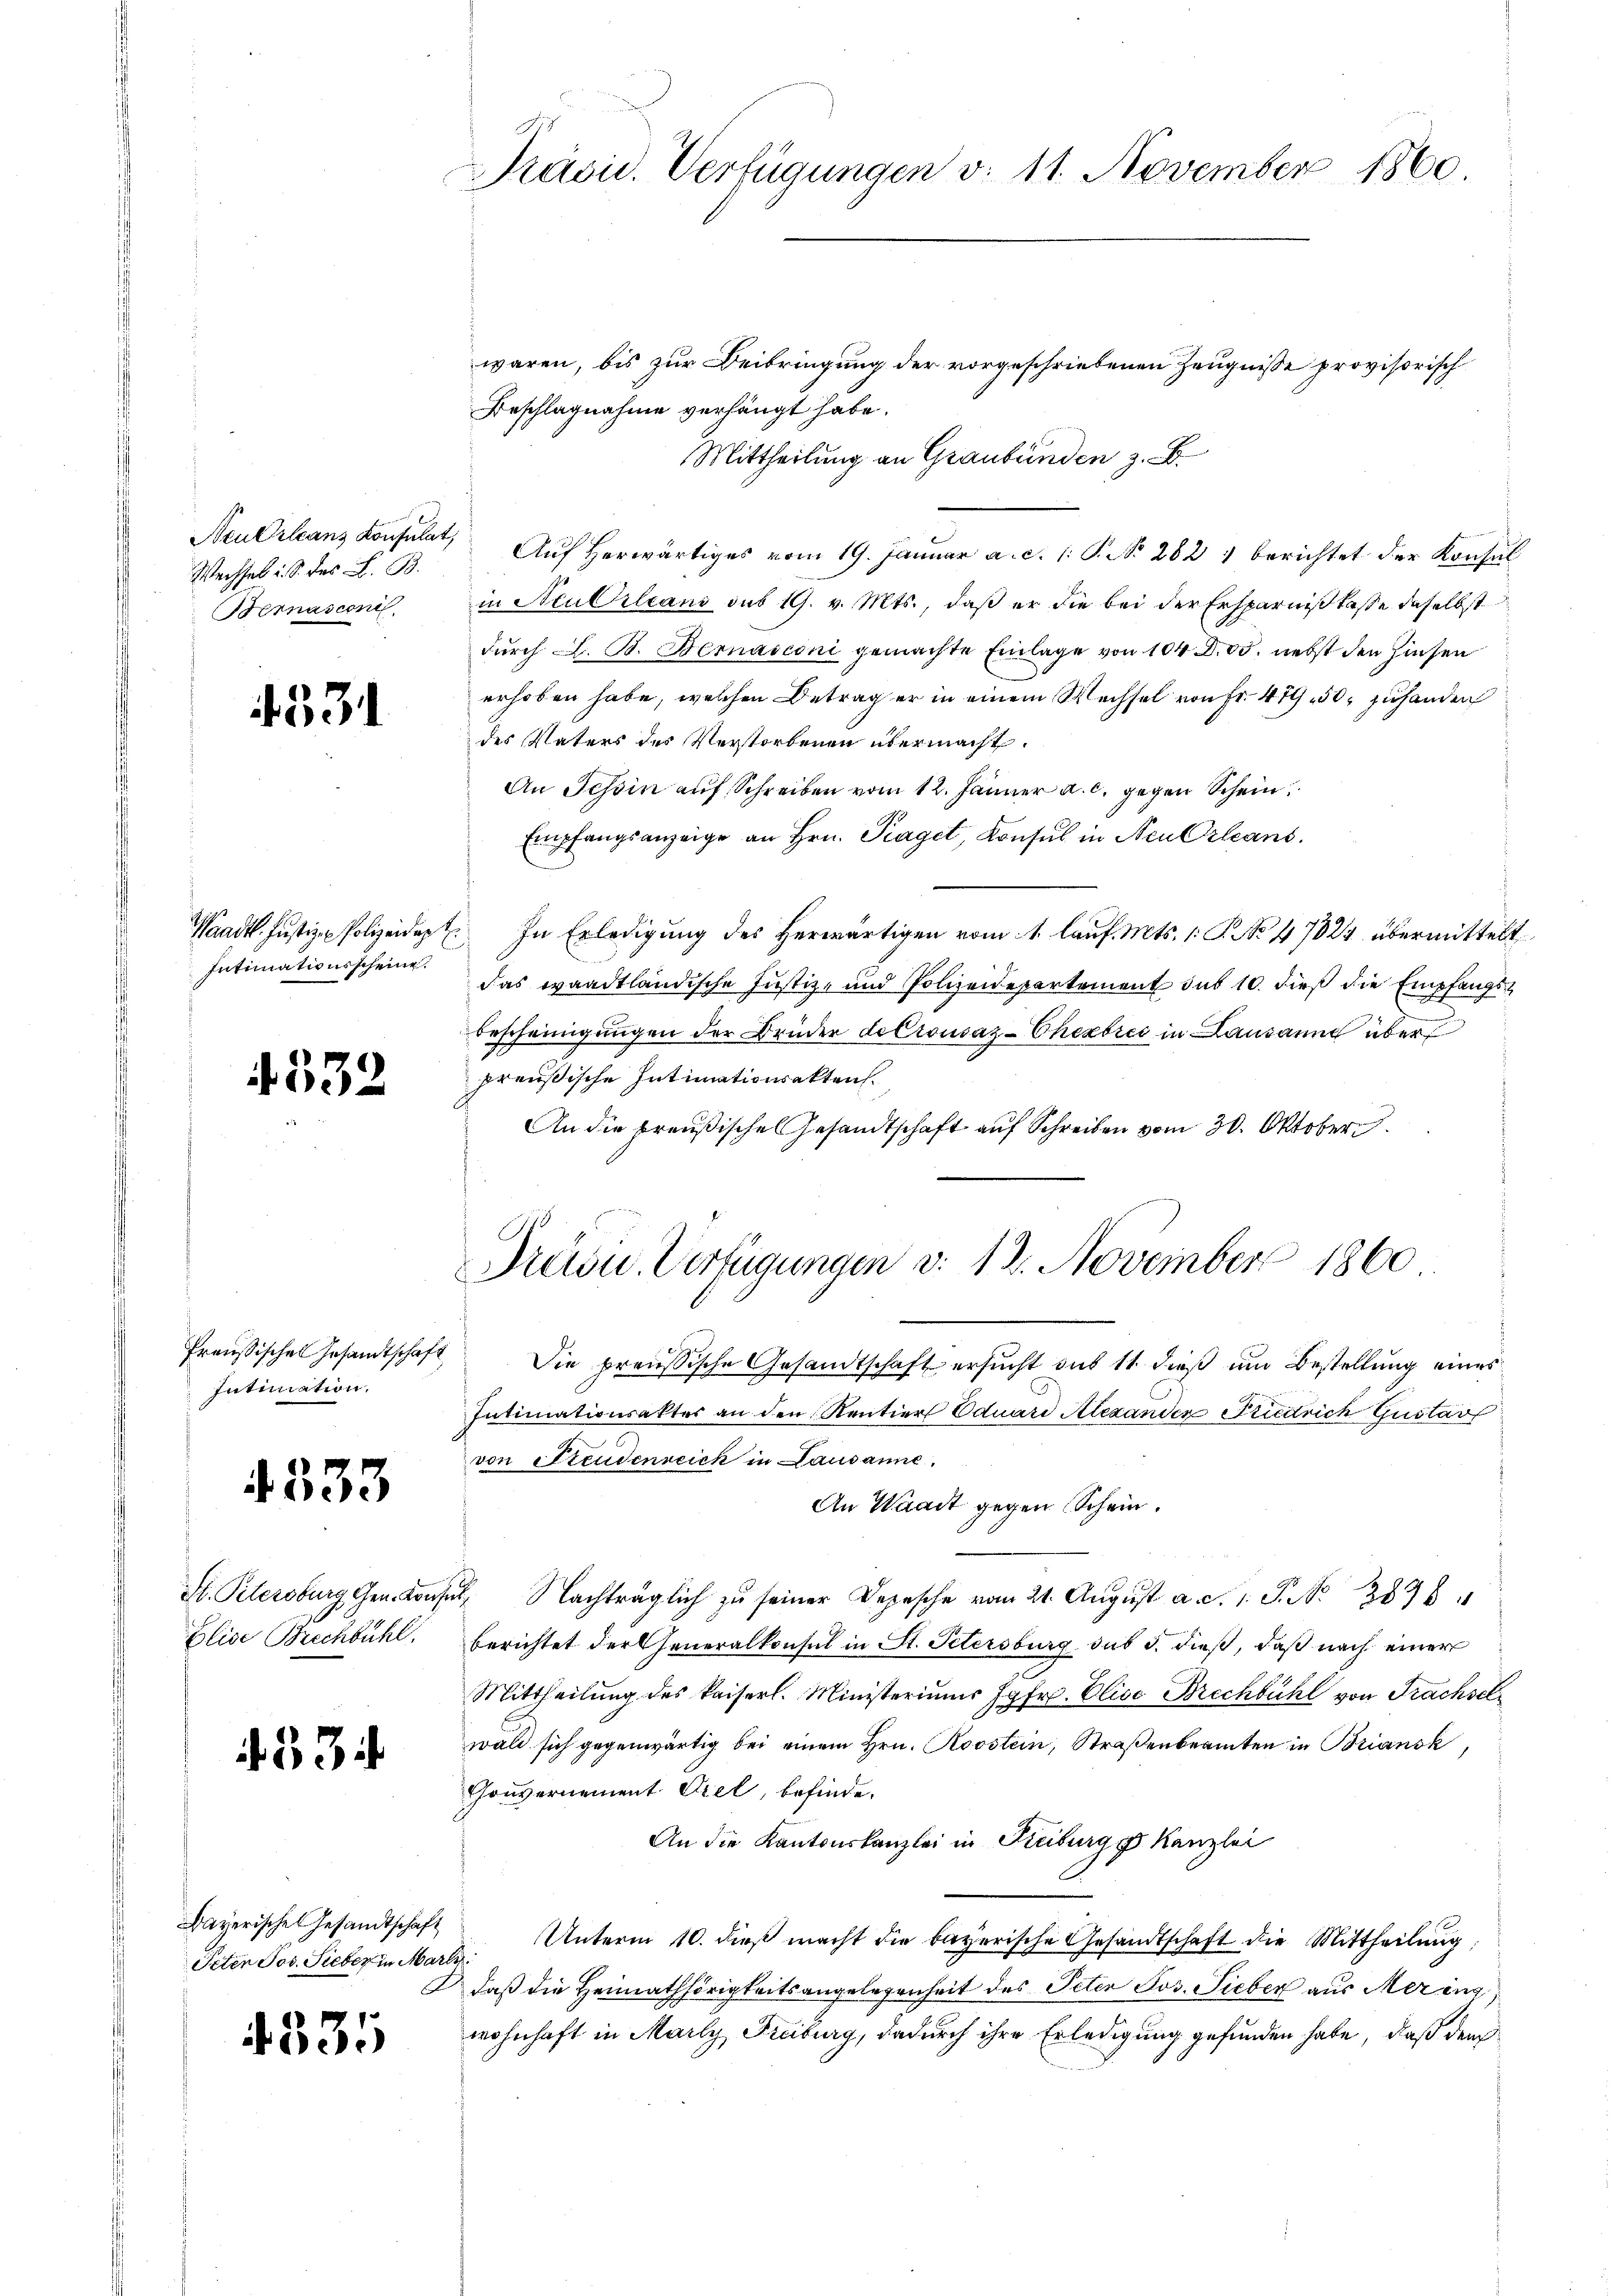
Neu Orleans Konsulat,
Wechsel i. S. des L. B.
Sternasconi

531

Waadt. Justizen Polizeidigt
Intimationsscheine.

4332

Preußischen Gesandtschaft
Intimation.

4333

St. Petersburg Gen. Kons
Elise Brechbühl.

33 i

Barerische Gesandtschaft
Oeten Jos. Sieber in Mart.

4335

Präsid. Verfügungen v. 11. November 1860.

waren, bis zur Beibringung der vorgeschriebenen Zeugnisse provisorisch
Beschlagnahme verhängt habe.
Mittheilung an Graubünden z. B.
Auf herwärtiges vom 19. Januar a. c. 1 S. No. 282 1 berichtet der Konsul
in Neu Orleans sub 19. v. Mts., daß er die bei der Ersparniß lasse daselbst
durch L. B. Bernasconi gemachte Einlage von 104 D. 85. nebst den Zinsen
erhoben habe, welchen Betrag er in einem Wechsel von Fr. 479 50. zuhanden
des Vaters des Verstorbenen übermacht.
An Tessin auf Schreiben vom 12. Jänner a. c. gegen Schein
Empfangsanzeige an Hrn. Praget, Konsul in Neu Orleans
In Erledigung des Herwärtigen vom 1. lauf. Mts. 1. P. No 47824 übermittelt
das waadtländische Justiz- und Polizeidepartement sub 10. dieß die Empfangs¬
Bescheinigungen der Brüder de Crousaz-Chexbrić in Lausanne über
preußische Intimationsakten.
An die preußische Gesandtschaft auf Schreiben vom 30. Oktober.
Präsu. Verfügungen d. 12. November 1860

Die preußische Gesandtschaft ersucht sub 11. dieß um Bestellung eines
Intimationsakter an den Rentiers Eduard Alexanden Friedrich Gustav
von Steudenreich in Lausanne.
An Waadt gegen Schein.
 Nachträglich zu seiner Depesche vom 21. August a. c. 1. J. N. 3876.
berichtet der Generalkonsul in St. Petersburg sub d. dieß, daß nach einer
Mittheilung des kaiserl. Ministeriums Jgfr. Elise Brechbühl von Trachsel
wald sich gegenwärtig bei einem Hrn. Roostein, Straßenbeamten in Briansk
Gouvernement Orel, befinde.
An die Kantonskanzlei in Kreiburg, Kanzlei
Unterm 10. dieß macht die bayerische Gesandtschaft die Mittheilŭng
.
daß die Heimathörigkeitsangelegenheit des Peter Jos. Sieber aus Mering
wohnhaft in Marly, Freiburg, dadurch ihre Erledigung gefunden habe, daß dem